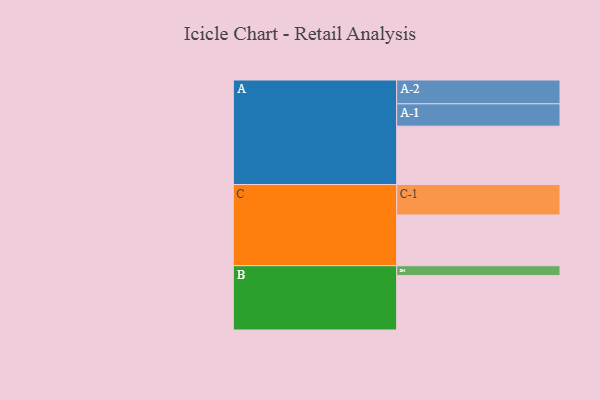
{"axis": {"x": "Segment", "y": "Value"}, "legend": ["", "A", "B", "C"], "data": [{"x": "A", "y": 512, "type": ""}, {"x": "B", "y": 477, "type": ""}, {"x": "C", "y": 445, "type": ""}, {"x": "A-1", "y": 196, "type": "A"}, {"x": "A-2", "y": 209, "type": "A"}, {"x": "B-1", "y": 87, "type": "B"}, {"x": "C-1", "y": 267, "type": "C"}]}